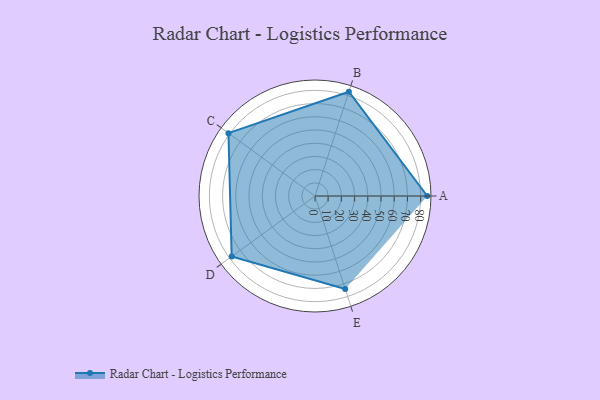
{"axis": {"x": "Skill", "y": "Score"}, "legend": ["Profile"], "data": [{"x": "A", "y": 85.0, "type": "Profile"}, {"x": "B", "y": 83.0, "type": "Profile"}, {"x": "C", "y": 81.0, "type": "Profile"}, {"x": "D", "y": 78.0, "type": "Profile"}, {"x": "E", "y": 74.0, "type": "Profile"}]}